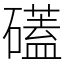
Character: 礚